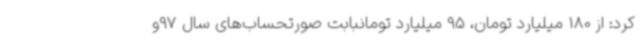
کرد: از 180 میلیارد تومان، 95 میلیارد تومانبابت صورتحساب‌های سال 97و